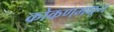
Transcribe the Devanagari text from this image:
कोकणमधून